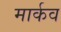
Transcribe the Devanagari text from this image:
मार्कव